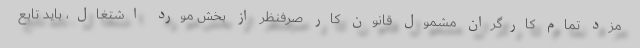
مزد تمام کارگران مشمول قانون کار صرفنظر از بخش مورد اشتغال، باید تابع